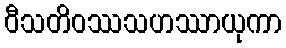
ဝီသတိဝဿသဟဿာယုကာ